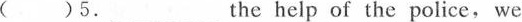
( )5.___the help of the police, we